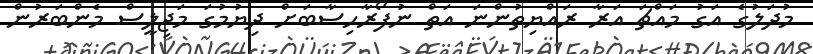
މުދަލުގެ އަގު މައްޗަ އަރާ ރައްޔިތުންނަ އަތް ނުފޯރާހިސާބަށް ދިޔުމުގަ މަޖިލީސް މެންބަރުން